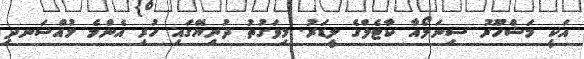
އަކީ މަޝްހޫރު ސިނަލޯއާ ކާޓެލްގެ ލީޑަރު. މިވަގުތު ދުނިޔޭގައި ހުރި އެންމެ މުއްސަނދި